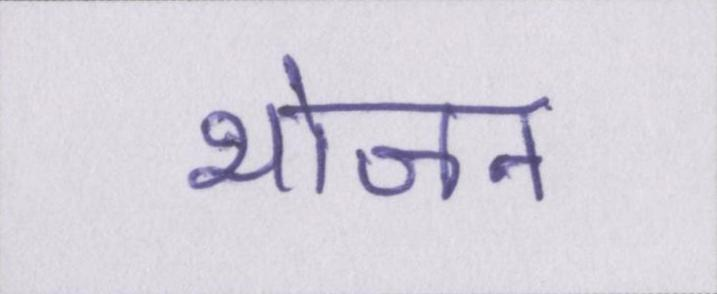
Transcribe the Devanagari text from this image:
भोजन